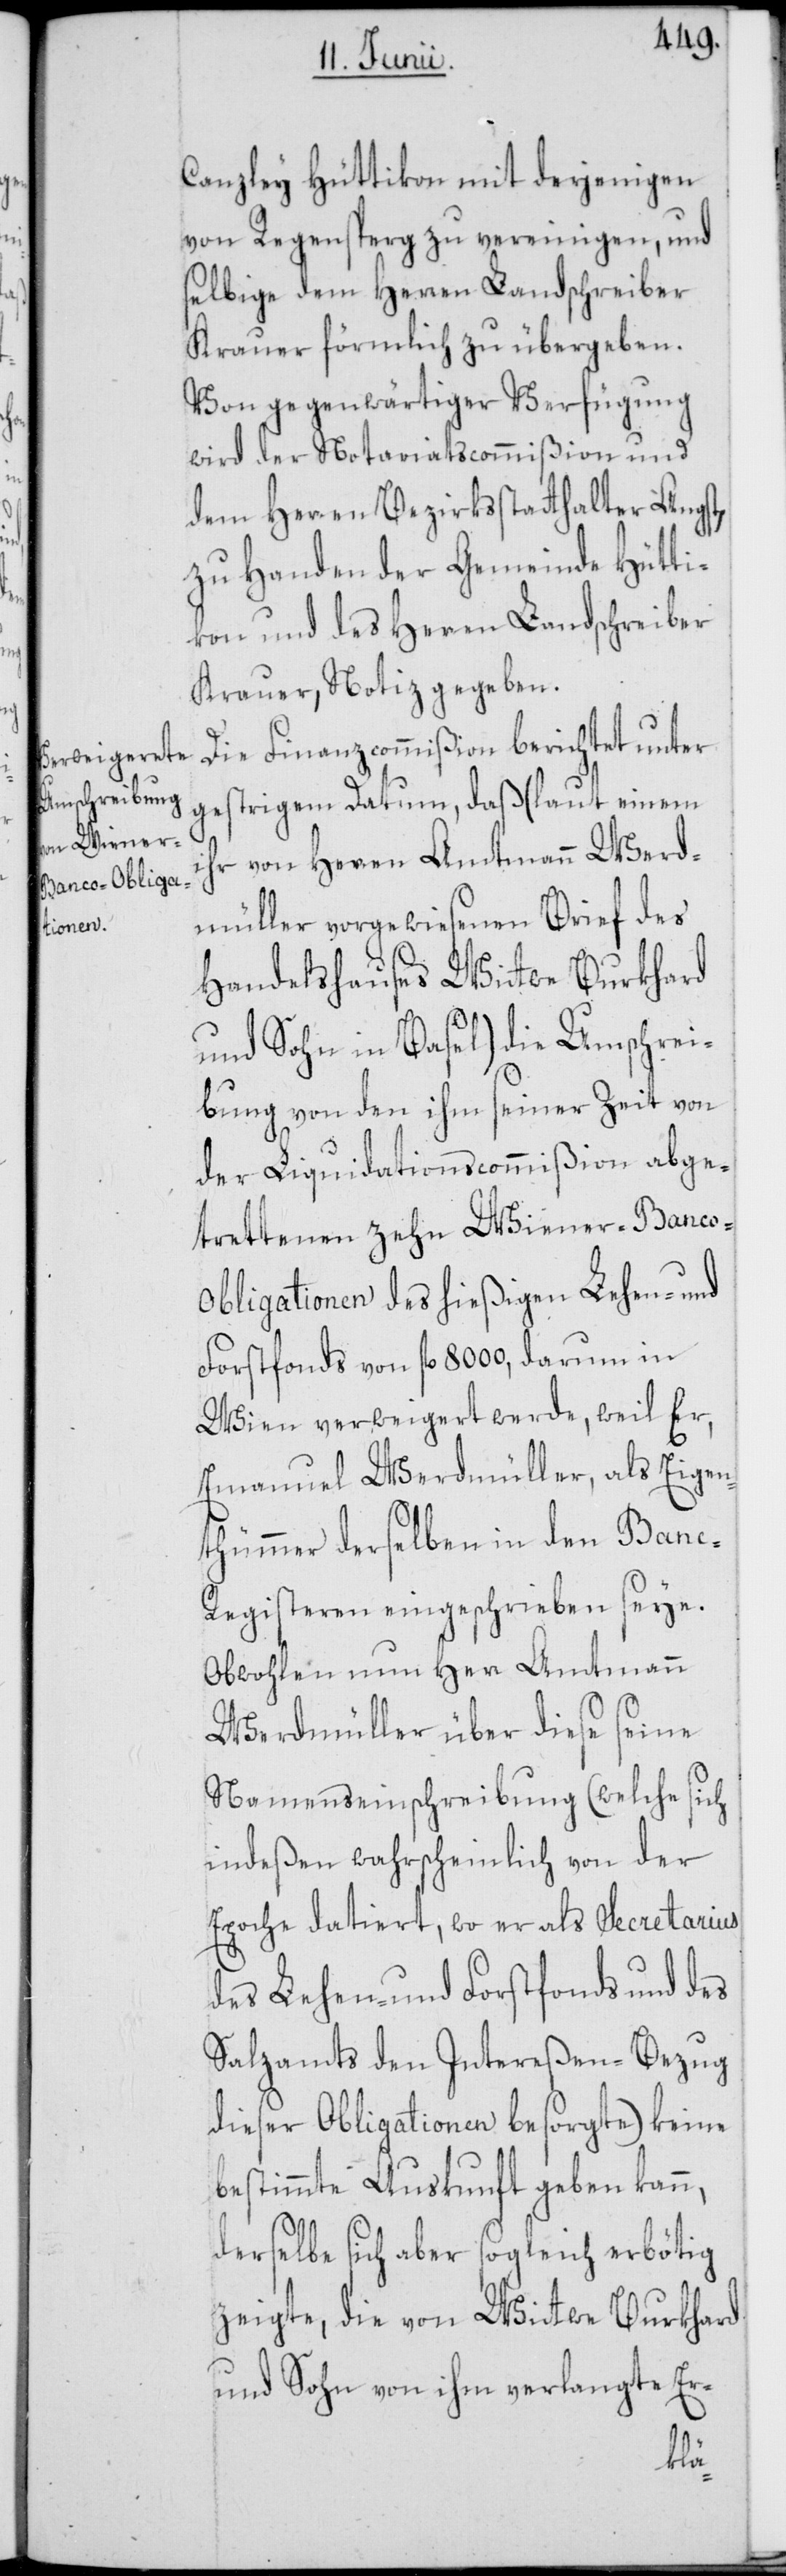
Canzley Hüttikon mit derjenigen
von Regensperg zu vereinigen, und
selbige dem Herren Landschreiber
Krauer förmlich zu übergeben.
Von gegenwärtiger Verfügung
wird der Notariatscommißion und
dem Herren Bezirksstatthalter Angst,
zu Handen der Gemeinde Hütti¬
kon und des Herren Landschreiber
Krauer, Notiz gegeben.
Die Finanzcommißion berichtet unter
gestrigem Datum, daß (laut einem
ihr von Herren Amtmann Werd¬
müller vorgewiesenen Brief des
Handelshauses Wittwe Burkhard
und Sohn in Basel) die Umschrei¬
bung von den ihm seiner Zeit von
der Liquidationscommißion abge¬
trettenen zehn Wiener-Banco-O¬
bligationen des hießigen Lehen- und
Forstfonds von fl. 8000, darum in
Wien verweigert werde, weil Er,
Emanuel Werdmüller, als Eigen¬
thümmer derselben in den Ban¬
c-Registeren eingeschrieben seye.
Obwohlen nun Herr Amtmann
Werdmüller über diese seine
Namenseinschreibung (welche sich
indeßen wahrscheinlich von der
Epoche datiert, wo er als Secretarius
des Lehen- und Forstfonds und des
Salzamts den Intereßen-Bezug
dieser Obligationen besorgte) keine
bestimmte Auskunft geben kann,
derselbe sich aber sogleich erbötig
zeigte, die von Wittwe Burkhard
und Sohn von ihm verlangte Er-